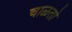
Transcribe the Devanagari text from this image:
चाळतो